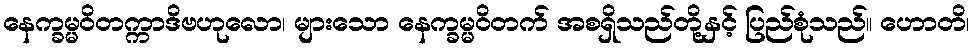
နေက္ခမ္မဝိတက္ကာဒိဗဟုလော၊ များသော နေက္ခမ္မဝိတက် အစရှိသည်တို့နှင့် ပြည်စုံသည်။ ဟောတိ၊